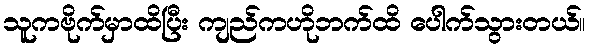
သူကဗိုက်မှာထိပြီး ကျည်ကဟိုဘက်ထိ ပေါက်သွားတယ်။